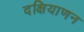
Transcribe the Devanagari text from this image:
दक्षियाणन